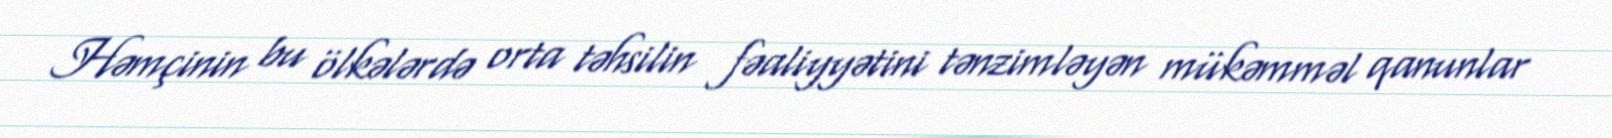
Həmçinin bu ölkələrdə orta təhsilin fəaliyyətini tənzimləyən mükəmməl qanunlar